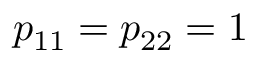
p _ { 1 1 } = p _ { 2 2 } = 1